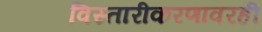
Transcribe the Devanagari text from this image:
विस्तारीकरणावरही